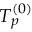
T _ { \boldsymbol { p } } ^ { ( 0 ) }